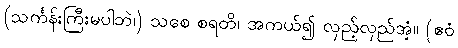
(သင်္ကန်းကြီးမပါဘဲ၊) သစေ စရတိ၊ အကယ်၍ လှည့်လှည်အံ့။ (ဧဝံ